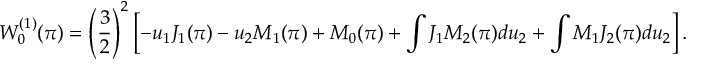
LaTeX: W _ { 0 } ^ { ( 1 ) } ( \pi ) = \left( \frac { 3 } { 2 } \right) ^ { 2 } \left[ - u _ { 1 } J _ { 1 } ( \pi ) - u _ { 2 } M _ { 1 } ( \pi ) + M _ { 0 } ( \pi ) + \int J _ { 1 } M _ { 2 } ( \pi ) d u _ { 2 } + \int M _ { 1 } J _ { 2 } ( \pi ) d u _ { 2 } \right] .